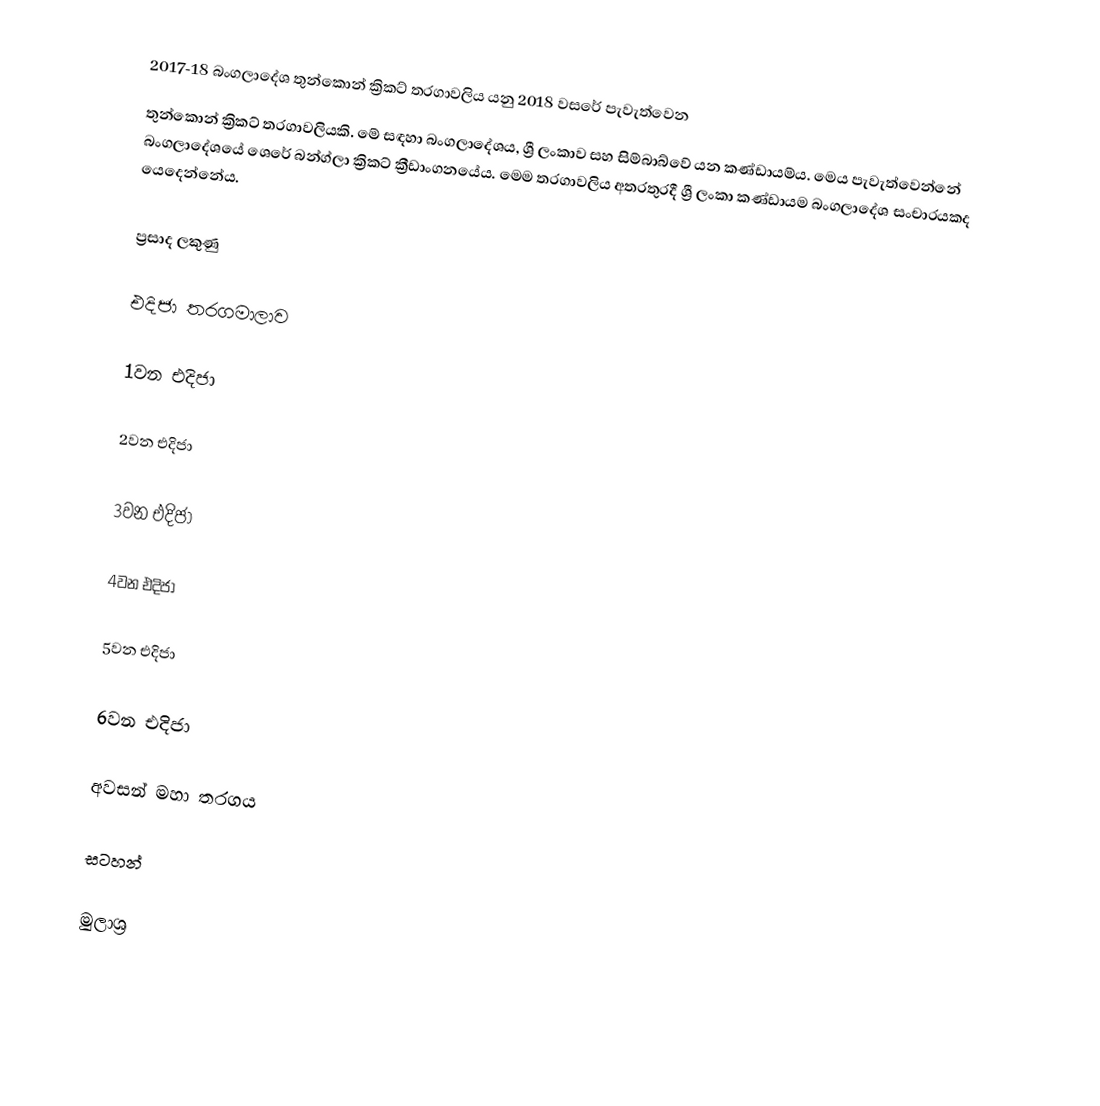
2017-18 බංගලාදේශ තුන්කොන් ක්‍රිකට් තරගාවලිය යනු 2018 වසරේ පැවැත්වෙන
තුන්කොන් ක්‍රිකට් තරගාවලියකි. මේ සඳහා බංගලාදේශය, ශ්‍රී ලංකාව සහ සිම්බාබ්වේ යන කණ්ඩායම්ය. මෙය පැවැත්වෙන්නේ බංගලාදේශයේ ශෙරේ බන්ග්ලා ක්‍රිකට් ක්‍රීඩාංගනයේය. මෙම තරගාවලිය අතරතුරදී ශ්‍රී ලංකා කණ්ඩායම බංගලාදේශ සංචාරයකද යෙදෙන්නේය.

ප්‍රසාද ලකුණු

එදිජා තරගමාලාව

1වන එදිජා

2වන එදිජා

3වන එදිජා

4වන එදිජා

5වන එදිජා

6වන එදිජා

අවසන් මහා තරගය

සටහන්

මුලාශ්‍ර